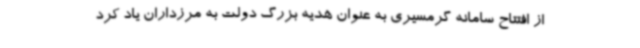
از افتتاح سامانه گرمسیری به عنوان هدیه بزرگ دولت به مرزداران یاد کرد